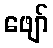
ဖျော်